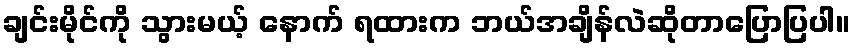
ချင်းမိုင်ကို သွားမယ့် နောက် ရထားက ဘယ်အချိန်လဲဆိုတာပြောပြပါ။